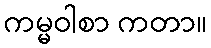
ကမ္မဝါစာ ကတာ။